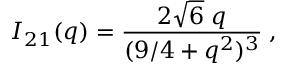
{ \cal I } _ { 2 1 } ( q ) = \frac { 2 \sqrt { 6 } \; q } { ( 9 / 4 + q ^ { 2 } ) ^ { 3 } } \; ,